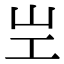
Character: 㞬